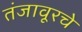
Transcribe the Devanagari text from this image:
तंजावूरचे